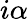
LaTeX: i\alpha